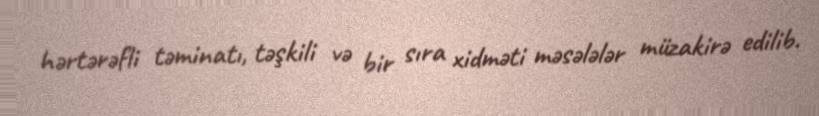
hərtərəfli təminatı, təşkili və bir sıra xidməti məsələlər müzakirə edilib.